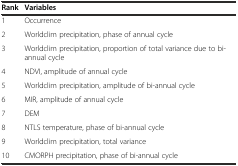
<table><thead><tr><td><b>Rank</b></td><td><b>Variables</b></td></tr></thead><tbody><tr><td>1</td><td>Occurrence</td></tr><tr><td>2</td><td>Worldclim precipitation, phase of annual cycle</td></tr><tr><td>3</td><td>Worldclim precipitation, proportion of total variance due to bi-annual cycle</td></tr><tr><td>4</td><td>NDVI, amplitude of annual cycle</td></tr><tr><td>5</td><td>Worldclim precipitation, amplitude of bi-annual cycle</td></tr><tr><td>6</td><td>MIR, amplitude of annual cycle</td></tr><tr><td>7</td><td>DEM</td></tr><tr><td>8</td><td>NTLS temperature, phase of bi-annual cycle</td></tr><tr><td>9</td><td>Worldclim precipitation, total variance</td></tr><tr><td>10</td><td>CMORPH precipitation, phase of bi-annual cycle</td></tr></tbody></table>